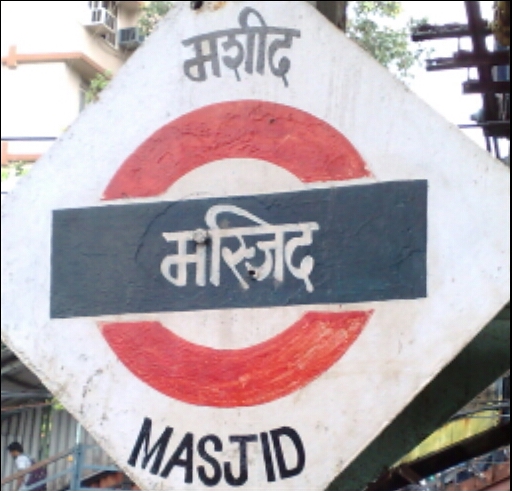
Language: marathi
Transcription: मस्जिद